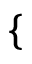
\small \left\{ \begin{array} { r l } \end{array} \right.